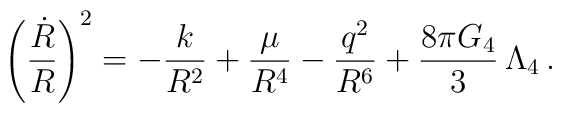
\left(\frac{\dot{R}}{R}\right)^2=-\frac{k}{R^2}+\frac{\mu}{R^4}-\frac{q^2}{R^6}+\frac{8\pi G_4}{3}\,\Lambda_4\,.